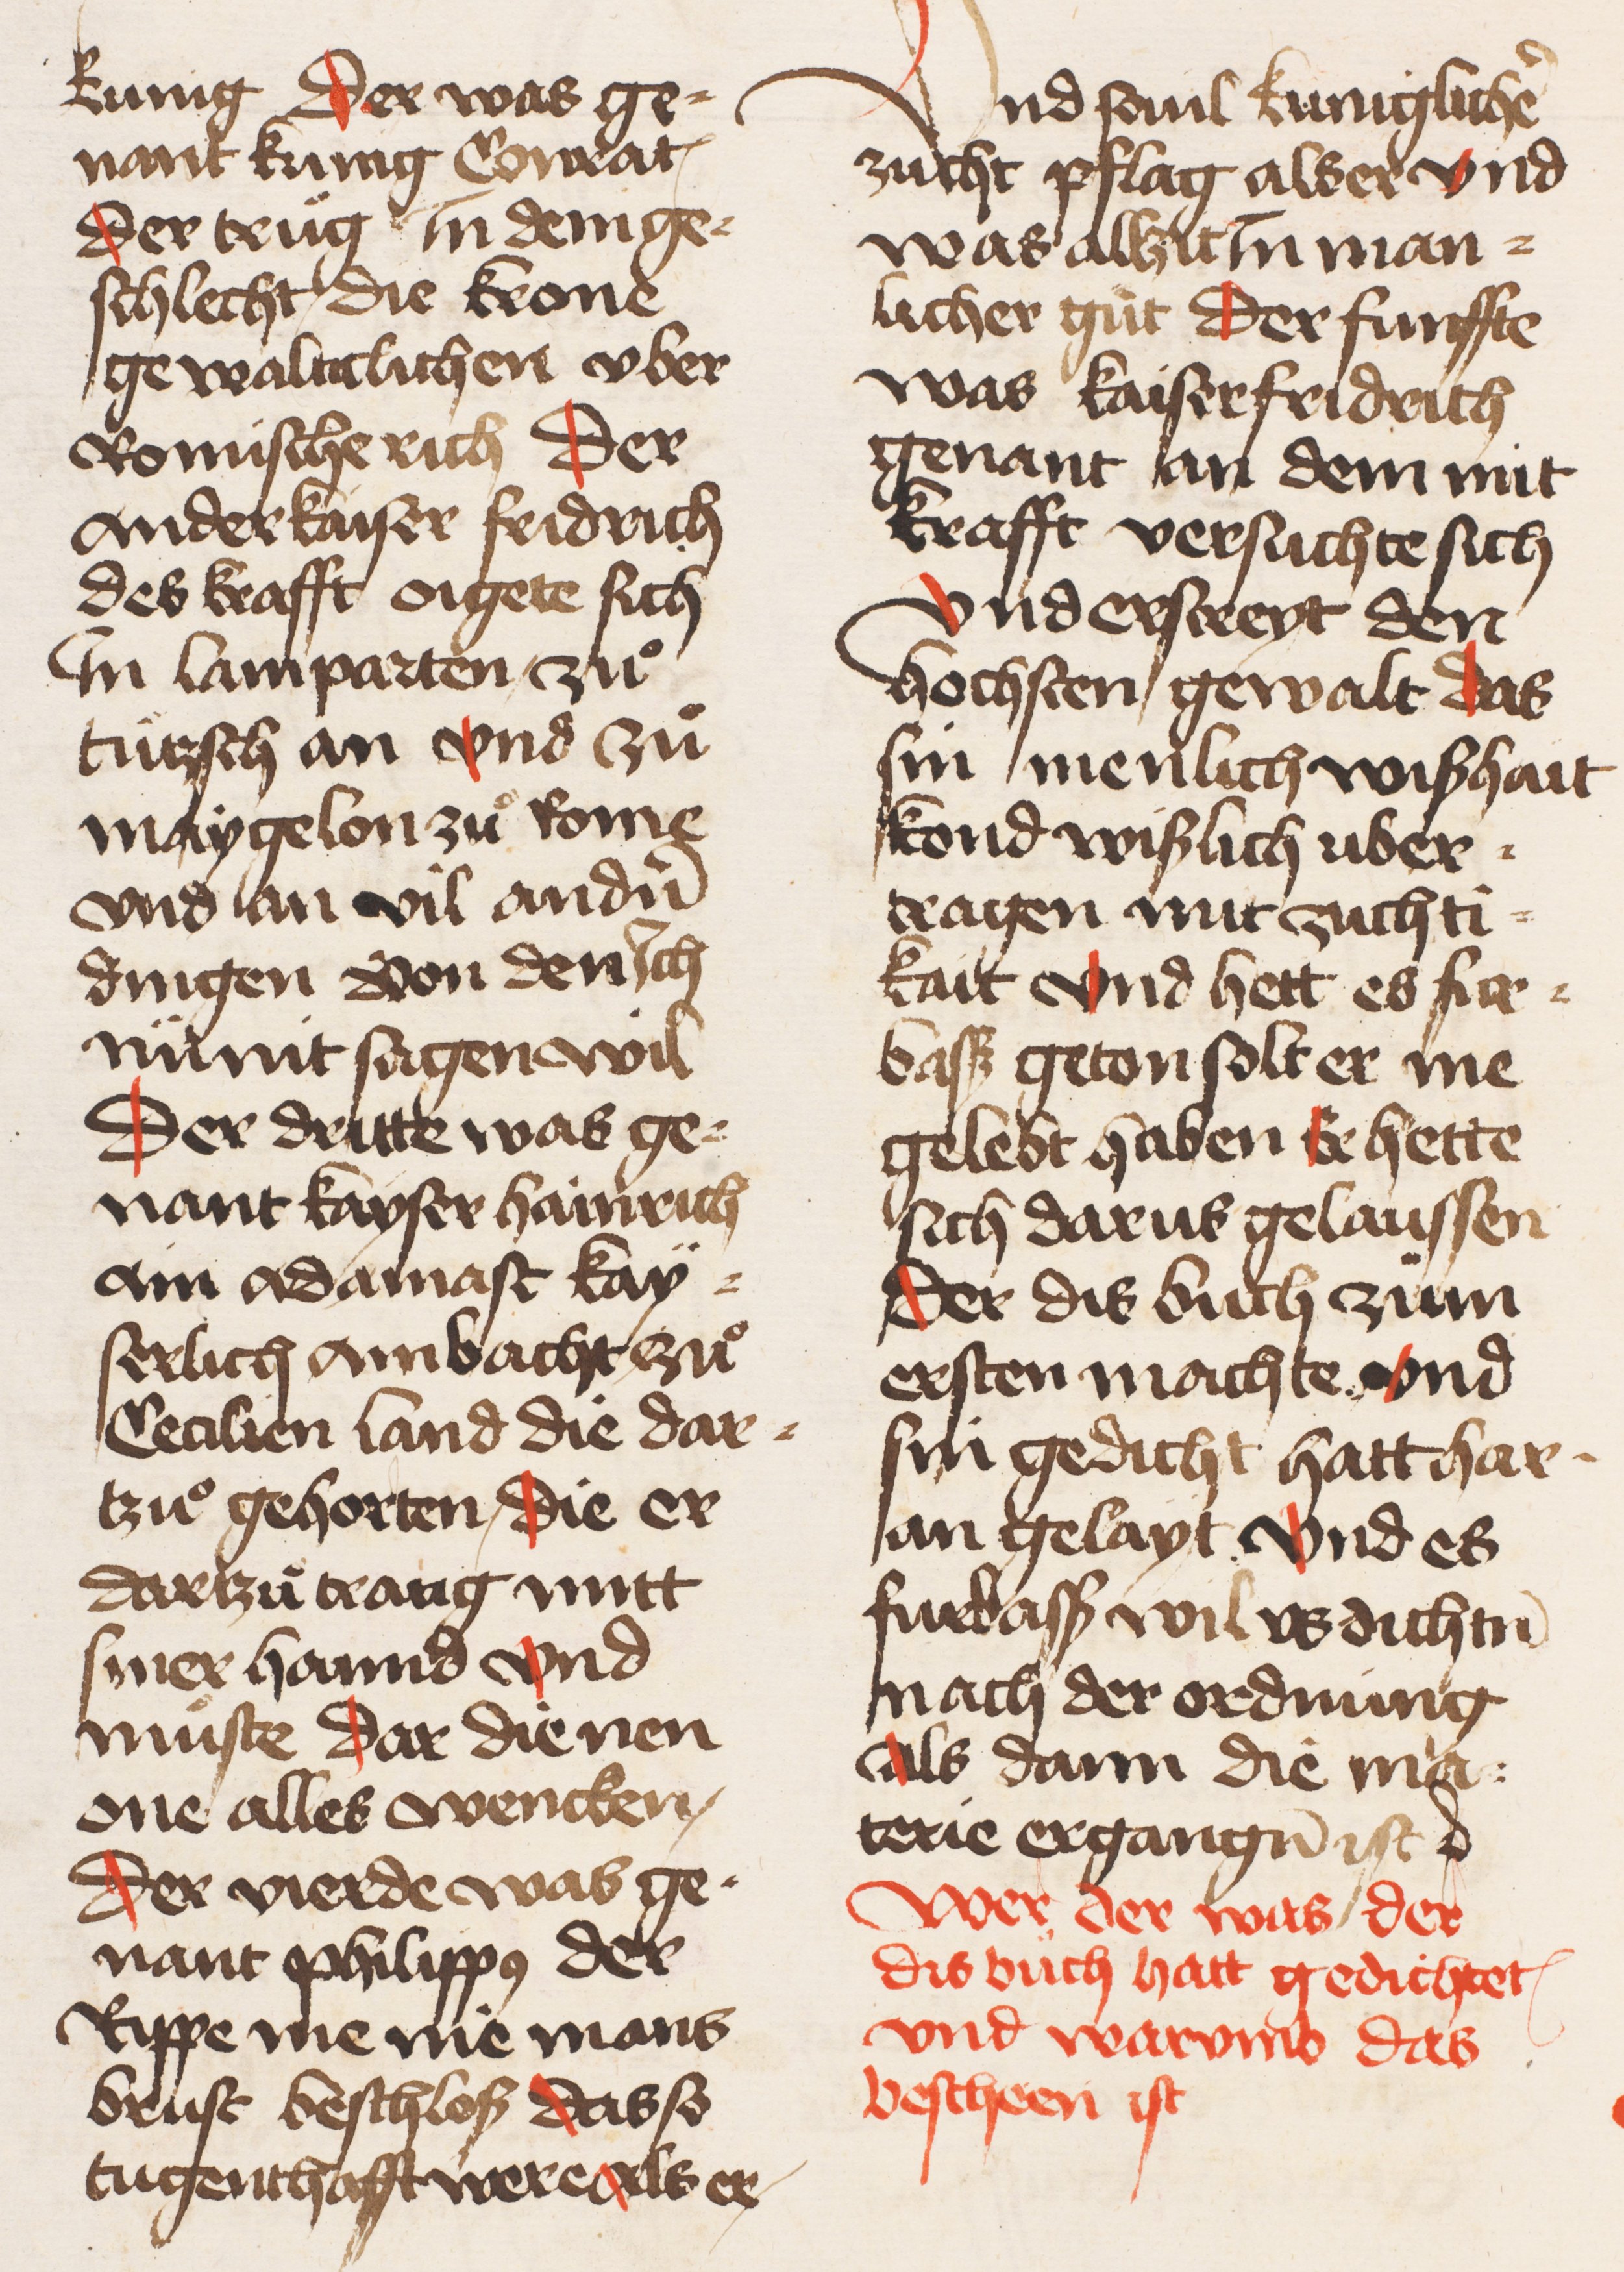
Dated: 1445–1455